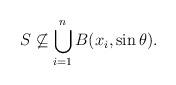
LaTeX: \begin{align*}S\not\subseteq\bigcup_{i=1}^n B(x_i,\sin\theta).\end{align*}